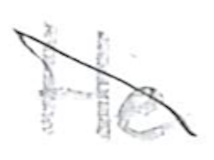
Text: He
Cross-out: diagonal
Writing tool: pencil